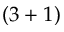
( 3 + 1 )